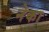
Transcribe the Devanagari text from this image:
नेका